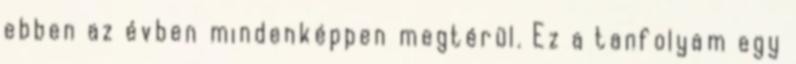
ebben az évben mindenképpen megtérül. Ez a tanfolyam egy